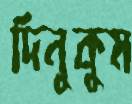
দিনুকুম